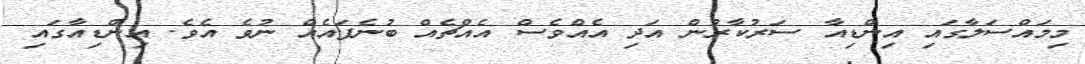
މިމައްސަލާގައި އިންޑިއާ ސަރުކާރުން އަދި އެއްވެސް އެއްޗެއް ބުނެފައެއް ނުވެ އެވެ. އިންޑިއާގައި